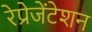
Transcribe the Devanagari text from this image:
रेप्रेजेंटेशन